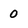
Character: 0